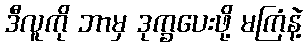
ဒီလူကို ဘာမှ ဒုက္ခပေးဖို့ မကြံနဲ့